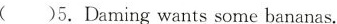
( )5.Daming wants some bananas.